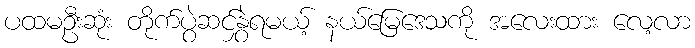
ပထမဦးဆုံး တိုက်ပွဲဆင်နွှဲရမယ့် နယ်မြေဒေသကို အလေးထား လေ့လာ